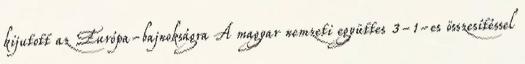
kijutott az Európa-bajnokságra A magyar nemzeti együttes 3-1-es összesítéssel